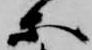
等